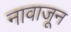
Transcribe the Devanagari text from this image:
नावाजून